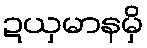
ဍယှမာနမှိ